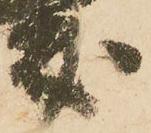
友